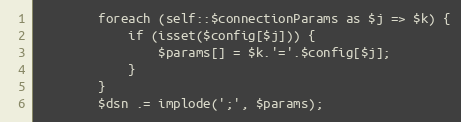
Language: PHP
        foreach (self::$connectionParams as $j => $k) {
            if (isset($config[$j])) {
                $params[] = $k.'='.$config[$j];
            }
        }
        $dsn .= implode(';', $params);